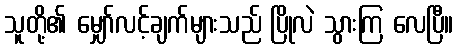
သူတို့၏ မျှော်လင့်ချက်များသည် ပြိုလဲ သွားကြ လေပြီ။